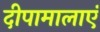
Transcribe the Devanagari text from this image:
दीपामालाएं